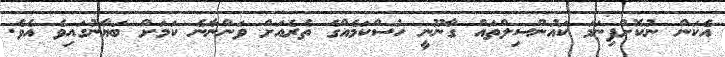
އެކަން ނުކޮށްފިނަމަ ކައުންސިލްތައް ގާނޫނީ ހުސްކަމެއްގެ ތެރެއަށް ވަންނާނެ ކަމަށް ބަޔާނުގައިވެ އެވެ.